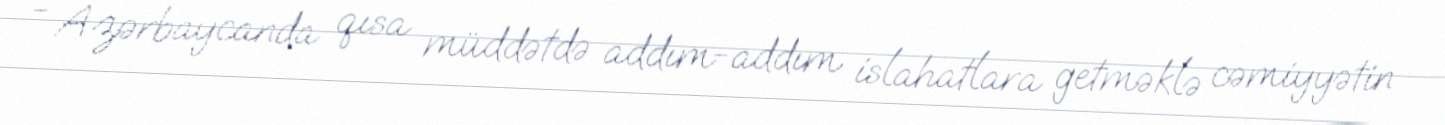
- Azərbaycanda qısa müddətdə addım-addım islahatlara getməklə cəmiyyətin